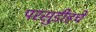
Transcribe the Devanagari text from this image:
परसुडीहचे